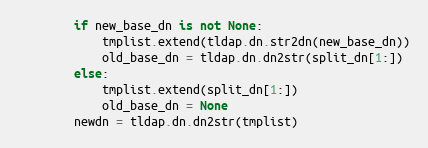
Language: Python
        if new_base_dn is not None:
            tmplist.extend(tldap.dn.str2dn(new_base_dn))
            old_base_dn = tldap.dn.dn2str(split_dn[1:])
        else:
            tmplist.extend(split_dn[1:])
            old_base_dn = None
        newdn = tldap.dn.dn2str(tmplist)